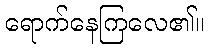
ရောက်နေကြလေ၏။